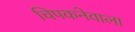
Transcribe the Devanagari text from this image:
चिपकनेवाला